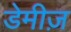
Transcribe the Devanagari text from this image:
डेमीज़